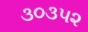
૩૦૩૫૨